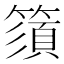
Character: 𥳗